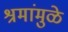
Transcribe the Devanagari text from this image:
श्रमांमुळे